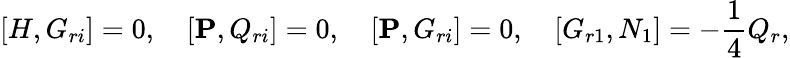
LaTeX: \lbrack{H,G_{ri}}\rbrack=0,\quad\lbrack{{\mathbf P},Q_{ri}}\rbrack=0,\quad\lbrack{{\mathbf P},G_{ri}}\rbrack=0,\quad\lbrack{G_{r1},N_{1}}\rbrack=-\frac{1}{4}Q_{r},